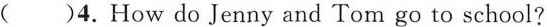
( )4.How do Jenny and Tom go to school?